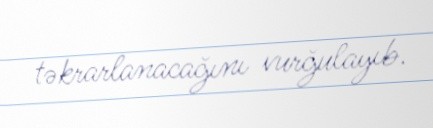
təkrarlanacağını vurğulayıb.